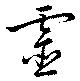
霊